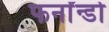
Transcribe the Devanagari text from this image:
फर्नांन्डो